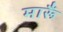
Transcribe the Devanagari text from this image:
मारूँ